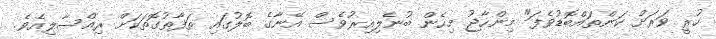
ހުރީ ވަރަށް ކަންތައްބޮޑުވެފަ" މިންހާޖު މިހެން ބުނެލިއިރުވެސް އޭނާގެ ބޮލުގައި ތަފާތުގޮތަކަށް ރިއްސާލިއެވެ.